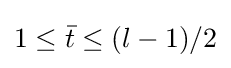
1\leq {\bar {t}}\leq (l-1)/2